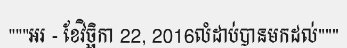
"""អរ - ខែវិច្ឆិកា 22, 2016លំដាប់បានមកដល់"""